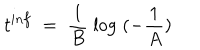
t ^ { i n f } \; = \; \frac { 1 } { B } \; \log \; ( - \frac { 1 } { A } )